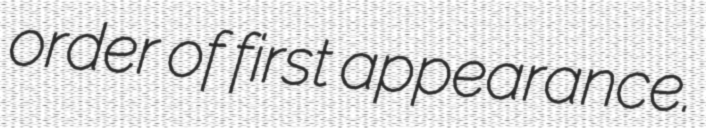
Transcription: order of first appearance.